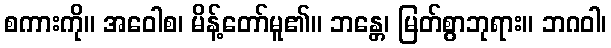
စကားကို။ အဝေါစ၊ မိန့်တော်မူ၏။ ဘန္တေ၊ မြတ်စွာဘုရား။ ဘဂဝါ၊